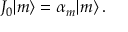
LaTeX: J _ { 0 } | m \rangle = \alpha _ { m } | m \rangle \, .